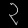
Digit: ၃